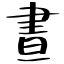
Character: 晝